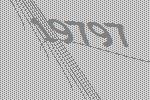
19797